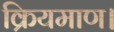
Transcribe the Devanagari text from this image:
क्रियमाण।